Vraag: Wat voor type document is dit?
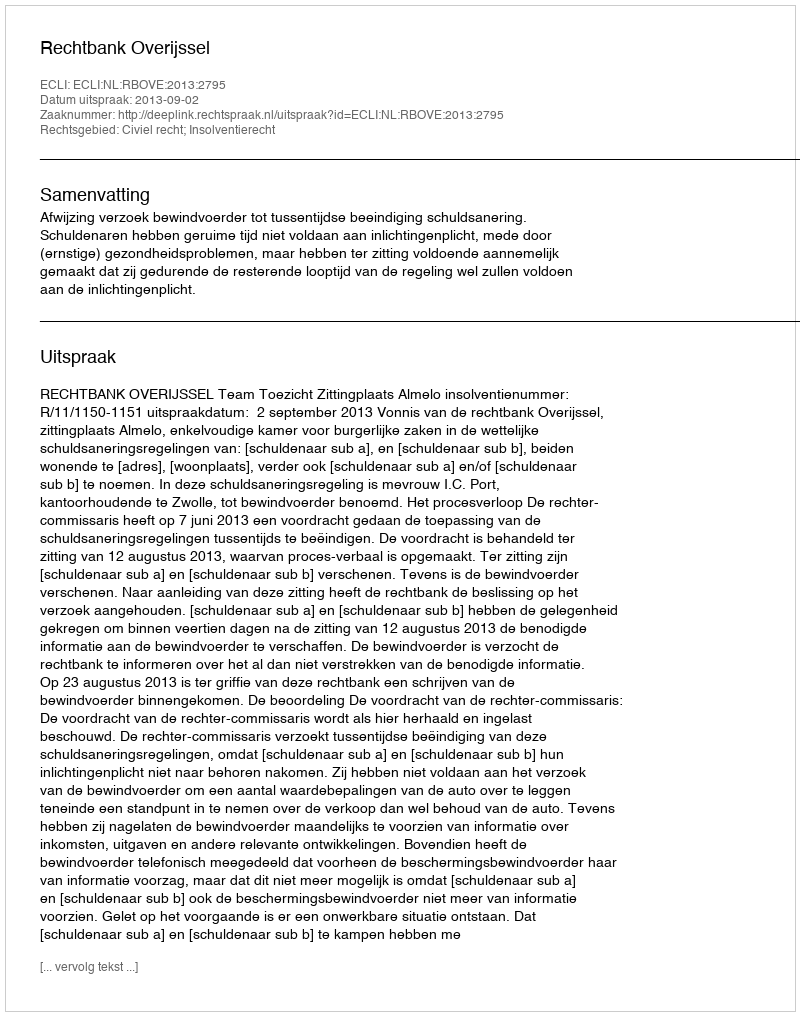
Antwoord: Uitspraak